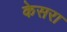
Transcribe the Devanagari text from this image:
केसरा